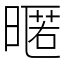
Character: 暱